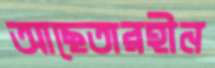
আছেতারহীন